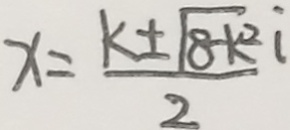
x = \frac { k \pm \sqrt { 8 k ^ { 2 } } } { 2 }